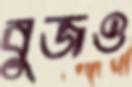
বুজও